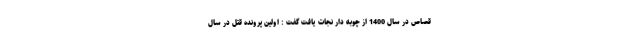
قصاص در سال 1400 از چوبه دار نجات یافت گفت : اولین پرونده قتل در سال